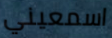
اسمعيني